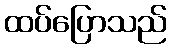
ထပ်ပြောသည်